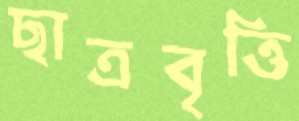
ছাত্রবৃত্তি